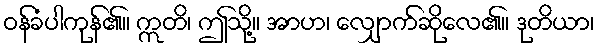
ဝန်ခံပါကုန်၏။ ဣတိ၊ ဤသို့။ အာဟ၊ လျှောက်ဆိုလေ၏။ ဒုတိယာ၊